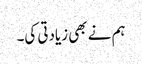
ہم نے بھی زیادتی کی۔